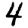
Digit: 4